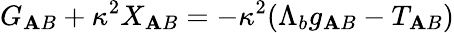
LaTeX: G_{\mathbf{A}B}+\kappa^{2}X_{\mathbf{A}B}=-\kappa^{2}(\Lambda_{b}g_{\mathbf{A}B}-T_{\mathbf{A}B})